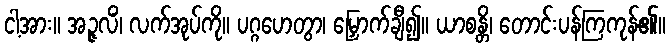
ငါ့အား။ အဉ္ဇလိံ၊ လက်အုပ်ကို။ ပဂ္ဂဟေတွာ၊ မြှောက်ချီ၍။ ယာစန္တိ၊ တောင်းပန်ကြကုန်၏။